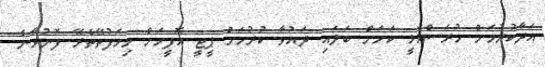
އަދާކުރުމަށް ހުރަސްއެޅީ ކަމަށް ބަލައި ދައުވާ ކުރުމަށް ޕީޖީ އޮފީހަށް މިހަފުތޭތެރޭ ފޮނުވާނެ